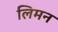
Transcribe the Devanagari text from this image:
लिमन